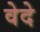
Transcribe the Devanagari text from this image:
वेदे